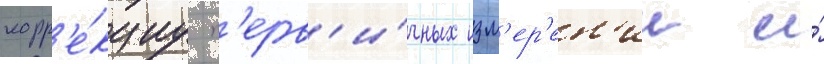
корр'е́кциу п'ерв'и́чных изм'ер'ен'ии и́